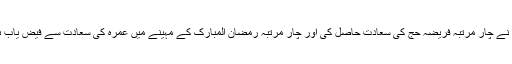
انھوں نے چار مرتبہ فریضہ حج کی سعادت حاصل کی اور چار مرتبہ رمضان المبارک کے مہینے میں عمرہ کی سعادت سے فیض یاب ہوئے۔